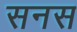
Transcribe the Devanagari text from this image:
सनस